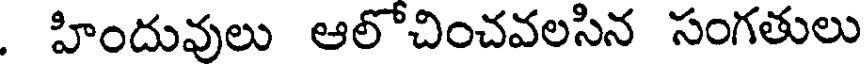
. హిందువులు ఆలోచించవలసిన సంగతులు